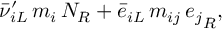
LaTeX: \bar { \nu } _ { i L } ^ { \prime } \, m _ { i } \, N _ { R } + \bar { e } _ { i L } \, m _ { i j } \, { e _ { j } } _ { R } ,